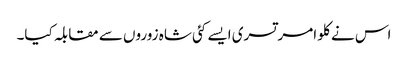
اس نے کلو امرتسری ایسے کئی شاہ زوروں سے مقابلہ کیا۔